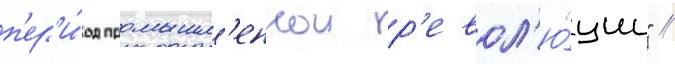
п'ер'и́од промышл'еннои р'евол'ю́ции" //